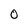
Character: O